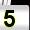
Digit: 5